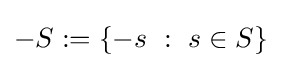
-S:=\{-s~:~s\in S\}